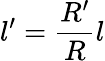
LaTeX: l^{\prime}=\frac{R^{\prime}}{R}l